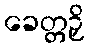
ခေတ္တဉှိ